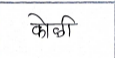
मजकूर: कोळी